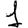
Digit: 1